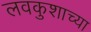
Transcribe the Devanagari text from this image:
लवकुशाच्या